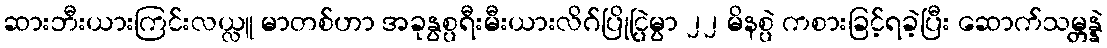
ဆားဘီးယားကြင်းလယ္လူ မာတစ်ဟာ အခုနွစ္ပရီးမီးယားလိဂ်ပြိုင္ပြဲမွာ ၂၂ မိနစ္ပဲ ကစားခြင့်ရခဲ့ပြီး ဆောက်သမ္တန္နဲ့